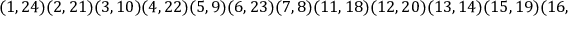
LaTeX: ( 1 , 2 4 ) ( 2 , 2 1 ) ( 3 , 1 0 ) ( 4 , 2 2 ) ( 5 , 9 ) ( 6 , 2 3 ) ( 7 , 8 ) ( 1 1 , 1 8 ) ( 1 2 , 2 0 ) ( 1 3 , 1 4 ) ( 1 5 , 1 9 ) ( 1 6 , 1 7 ) .